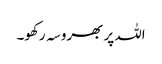
اللہ پر بھروسہ رکھو۔